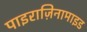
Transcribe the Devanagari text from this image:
पाइराज़िनामाइड